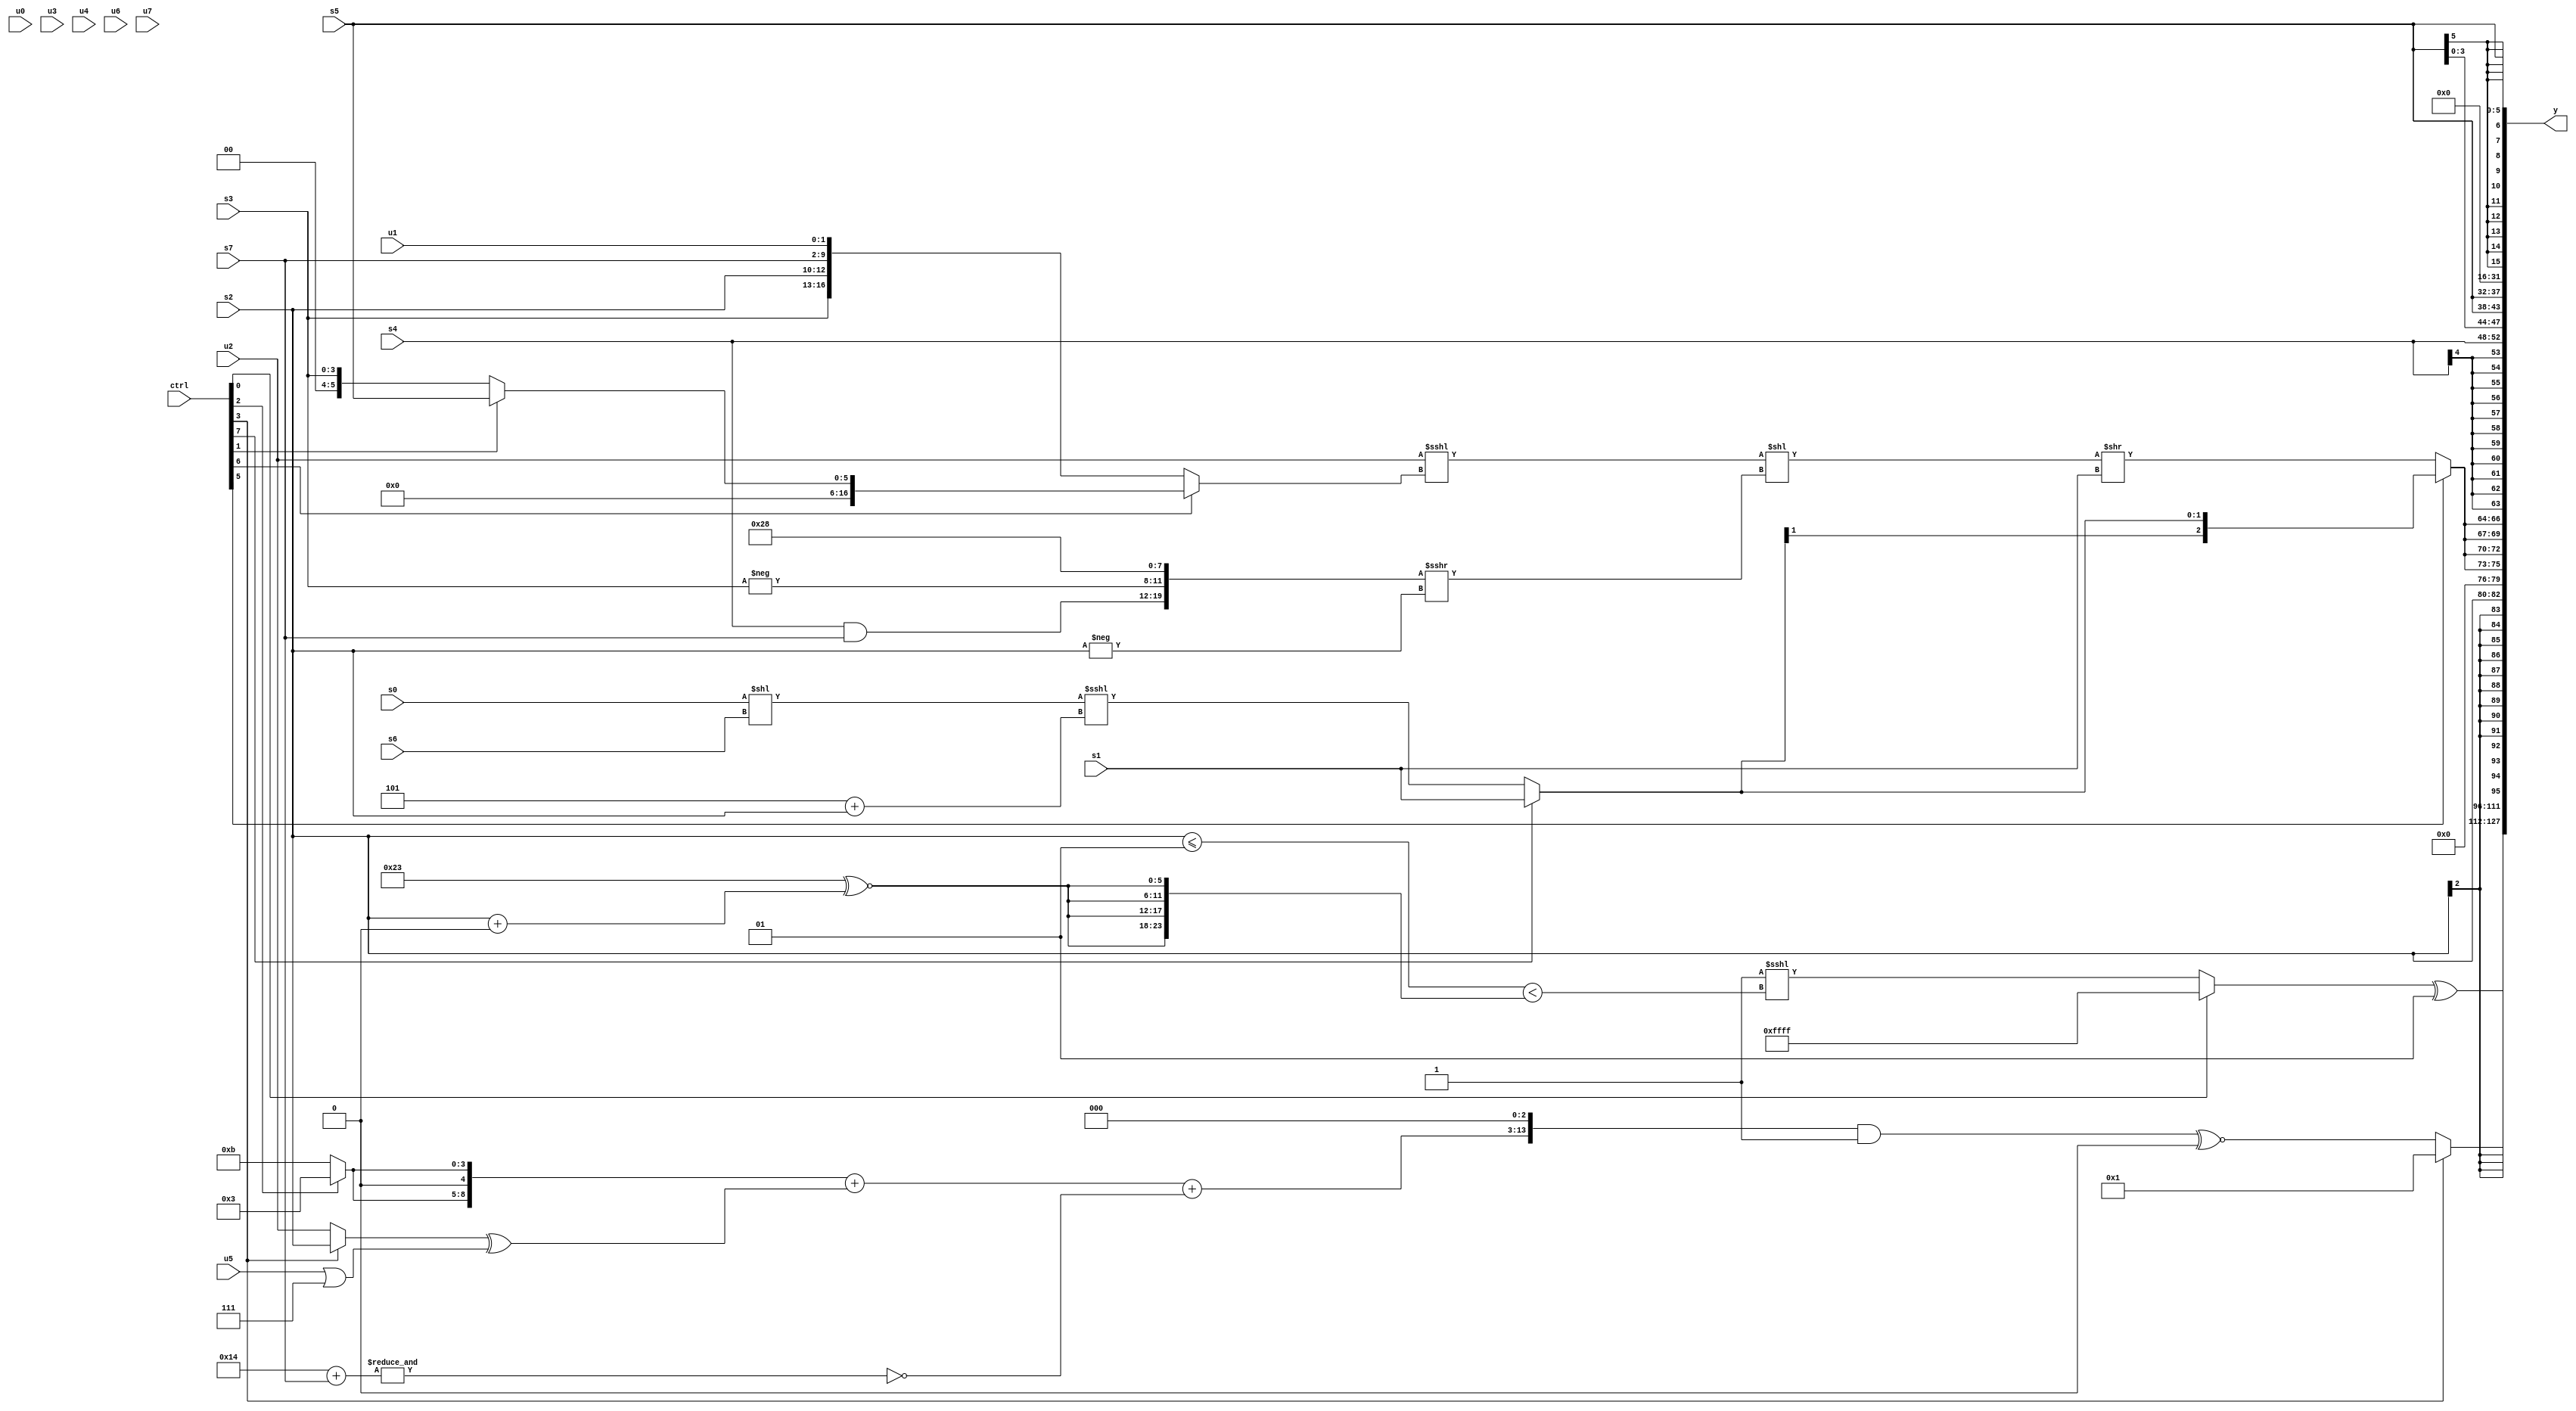
module wideexpr_00470(ctrl, u0, u1, u2, u3, u4, u5, u6, u7, s0, s1, s2, s3, s4, s5, s6, s7, y);
  input [7:0] ctrl;
  input [0:0] u0;
  input [1:0] u1;
  input [2:0] u2;
  input [3:0] u3;
  input [4:0] u4;
  input [5:0] u5;
  input [6:0] u6;
  input [7:0] u7;
  input signed [0:0] s0;
  input signed [1:0] s1;
  input signed [2:0] s2;
  input signed [3:0] s3;
  input signed [4:0] s4;
  input signed [5:0] s5;
  input signed [6:0] s6;
  input signed [7:0] s7;
  output [127:0] y;
  wire [15:0] y0;
  wire [15:0] y1;
  wire [15:0] y2;
  wire [15:0] y3;
  wire [15:0] y4;
  wire [15:0] y5;
  wire [15:0] y6;
  wire [15:0] y7;
  assign y = {y0,y1,y2,y3,y4,y5,y6,y7};
  assign y0 = ((ctrl[0]?2'sb11:(($signed(2'sb11))<<<(({1{$signed((s2)<=(2'sb01))}})<({4{(+(6'sb100011))^~((s2)+(1'sb0))}})))<<<((s1)<<<(6'b001100))))^(2'sb01);
  assign y1 = (ctrl[3]?$unsigned(4'sb0001):((((({2{(ctrl[2]?5'b00011:4'sb1011)}})+(((ctrl[3]?s2:u2))^((u5)|(3'b111))))+(~&($signed((5'sb10100)+(s7)))))<<(2'sb11))&(1'b1))^~({(4'sb0111)<<(5'sb10001)}));
  assign y2 = s2;
  assign y3 = {4{(ctrl[5]?$signed($unsigned((ctrl[7]?(s1)<<<((4'sb0111)<<(4'sb1111)):((s0)<<(s6))<<<((3'sb101)+(s2))))):((($signed(u2))<<<((ctrl[6]?(ctrl[1]?s5:s3):{s3,s2,s7,u1})))<<(({(s4)&(s7),-(s3),3'sb001,$unsigned(5'sb01000)})>>>(-($unsigned(s2)))))>>($signed(s1)))}};
  assign y4 = s4;
  assign y5 = {3{s5}};
  assign y6 = ((6'sb010110)>>>(6'sb010101))>>(4'sb0010);
  assign y7 = s5;
endmodule